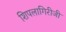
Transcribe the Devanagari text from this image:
शिपलागिरीजी